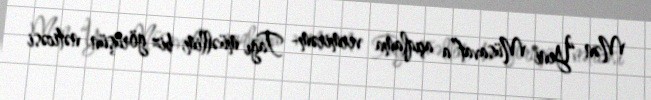
Mən “Yeni Müsavat”a açıqlama vermirəm- Tağı müəllim, biz görüşün nəticəsi